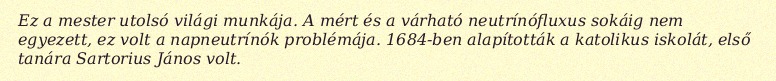
Ez a mester utolsó világi munkája. A mért és a várható neutrínófluxus sokáig nem egyezett, ez volt a napneutrínók problémája. 1684-ben alapították a katolikus iskolát, első tanára Sartorius János volt.